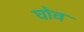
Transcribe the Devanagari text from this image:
घोव